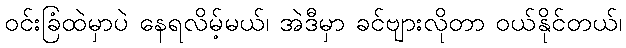
ဝင်းခြံထဲမှာပဲ နေရလိမ့်မယ်၊ အဲဒီမှာ ခင်ဗျားလိုတာ ဝယ်နိုင်တယ်၊